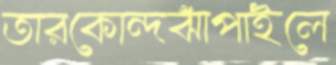
তারকোন্দঝাঁপাইলে